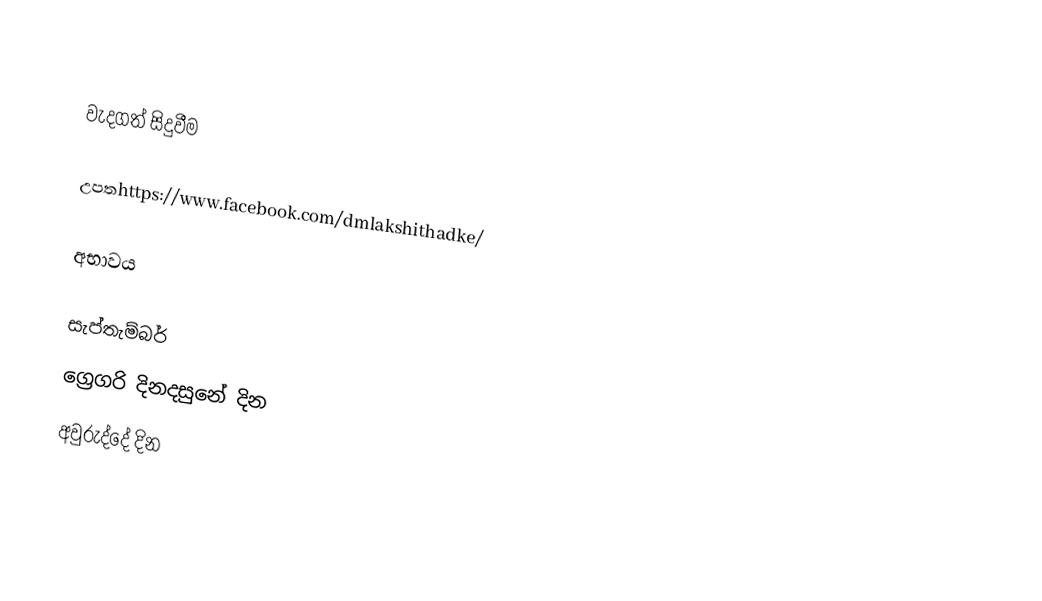

වැදගත් සිදුවීම

උපතhttps://www.facebook.com/dmlakshithadke/

අභාවය

සැප්තැම්බර්
ග්‍රෙගරි දිනදසුනේ දින
අවුරුද්දේ දින